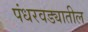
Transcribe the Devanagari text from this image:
पंधरवड्यातील